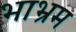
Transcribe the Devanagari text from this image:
भाभ्रम